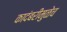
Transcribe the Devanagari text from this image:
कादंबरीमुळेच